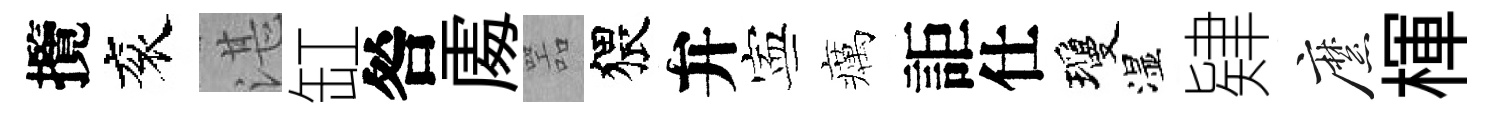
攬衮湛缸咎𠁅噐猥弁寕癘詎仕瓊湿肄縻楎